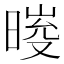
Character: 𣉀